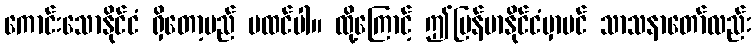
ကောင်းသောနိုင်ငံ ရှိတော့မည် မထင်ပါ။ ထို့ကြောင့် ဤမြန်မာနိုင်ငံမှာပင် သာသနာတော်လည်း